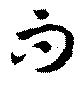
而